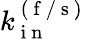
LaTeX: k_{\mathrm{~i~n~}}^{\mathrm{~(~f~/~s~)~}}